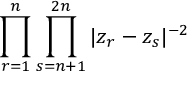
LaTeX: \prod _ { r = 1 } ^ { n } \prod _ { s = n + 1 } ^ { 2 n } | z _ { r } - z _ { s } | ^ { - 2 }